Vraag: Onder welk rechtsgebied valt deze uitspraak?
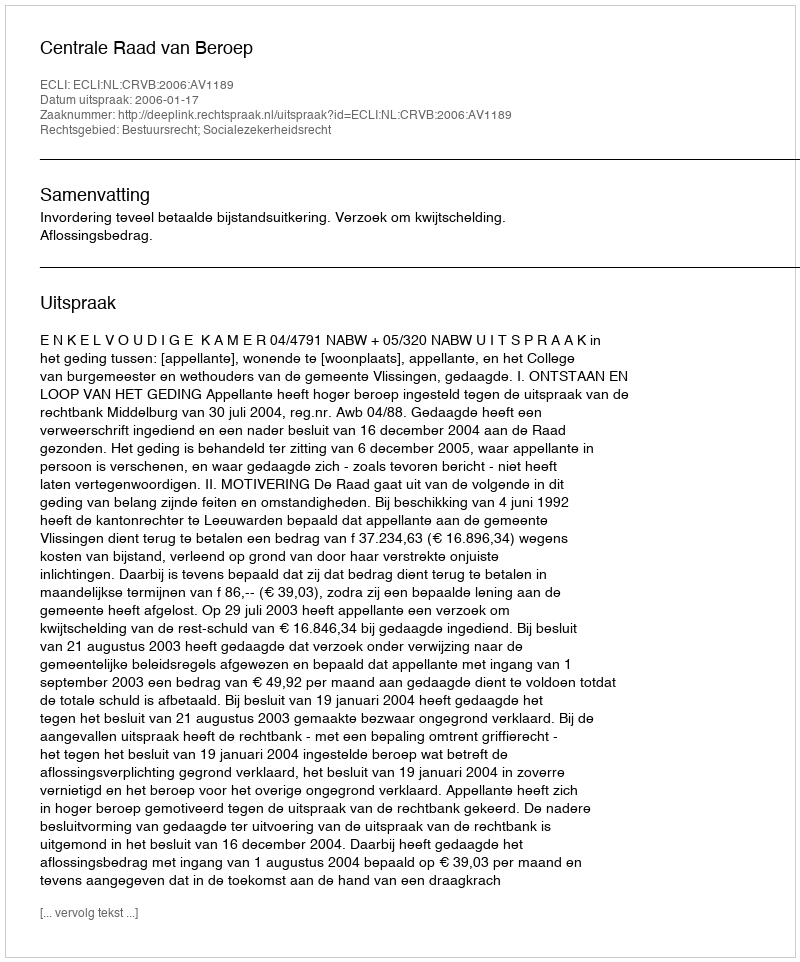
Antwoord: Bestuursrecht; Socialezekerheidsrecht